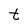
Character: t